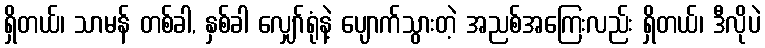
ရှိတယ်၊ သာမန် တစ်ခါ, နှစ်ခါ လျှော်ရုံနဲ့ ပျောက်သွားတဲ့ အညစ်အကြေးလည်း ရှိတယ်၊ ဒီလိုပဲ